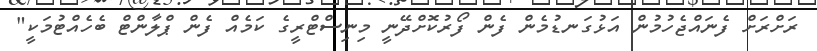
ރަށްރަށް ފެނައްޖެހުމުން އަޅުގަނޑުމެން ފެން ފޯރުކޮށްދޭނީ މިނިސްޓްރީގެ ކަމެއް ފެން ޕްލާންޓް ބެހެއްޓުމަކީ"